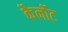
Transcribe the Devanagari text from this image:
कैर्नोट